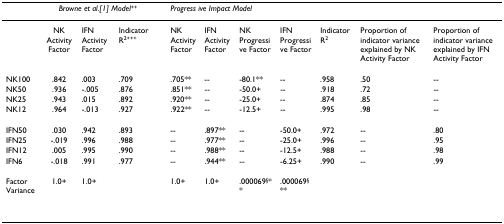
<table><thead><tr><td></td><td colspan="3"><b><i>Browne et al.[1] Model</i><sup>++</sup></b></td><td></td><td colspan="7"><b><i>Progress ive Impact Model</i></b></td></tr></thead><tbody><tr><td></td><td>NK Activity Factor</td><td>IFN Activity Factor</td><td>Indicator R<sup>2+++</sup></td><td></td><td>NK Activity Factor</td><td>IFN Activity Factor</td><td>NK Progressive Factor</td><td>IFN Progressive Factor</td><td>Indicator R<sup>2</sup></td><td>Proportion of indicator variance explained by NK Activity Factor</td><td>Proportion of indicator variance explained by IFN Activity Factor</td></tr><tr><td>NK100</td><td>.842</td><td>.003</td><td>.709</td><td></td><td>.705**</td><td>--</td><td>-80.1**</td><td>--</td><td>.958</td><td>.50</td><td>--</td></tr><tr><td>NK50</td><td>.936</td><td>-.005</td><td>.876</td><td></td><td>.851**</td><td>--</td><td>-50.0+</td><td>--</td><td>.918</td><td>.72</td><td>--</td></tr><tr><td>NK25</td><td>.943</td><td>.015</td><td>.892</td><td></td><td>.920**</td><td>--</td><td>-25.0+</td><td>--</td><td>.874</td><td>.85</td><td>--</td></tr><tr><td>NK12</td><td>.964</td><td>-.013</td><td>.927</td><td></td><td>.922**</td><td>--</td><td>-12.5+</td><td>--</td><td>.995</td><td>.98</td><td>--</td></tr><tr><td>IFN50</td><td>.030</td><td>.942</td><td>.893</td><td></td><td>--</td><td>.897**</td><td>--</td><td>-50.0+</td><td>.972</td><td>--</td><td>.80</td></tr><tr><td>IFN25</td><td>-.019</td><td>.996</td><td>.988</td><td></td><td>--</td><td>.977**</td><td>--</td><td>-25.0+</td><td>.996</td><td>--</td><td>.95</td></tr><tr><td>IFN12</td><td>.005</td><td>.995</td><td>.990</td><td></td><td>--</td><td>.988**</td><td>--</td><td>-12.5+</td><td>.988</td><td>--</td><td>.98</td></tr><tr><td>IFN6</td><td>-.018</td><td>.991</td><td>.977</td><td></td><td>--</td><td>.944**</td><td>--</td><td>-6.25+</td><td>.990</td><td>--</td><td>.99</td></tr><tr><td>Factor Variance</td><td>1.0+</td><td>1.0+</td><td></td><td></td><td>1.0+</td><td>1.0+</td><td>.000069<sup>§</sup>**</td><td>.000069<sup>§</sup>**</td><td></td><td></td><td></td></tr><tr><td></td><td></td><td></td><td></td><td></td><td></td><td></td><td></td><td></td><td></td><td></td><td></td></tr></tbody></table>